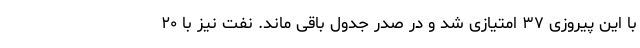
با این پیروزی ۳۷ امتیازی شد و در صدر جدول باقی ماند. نفت نیز با ۲۰